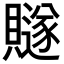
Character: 𧸙